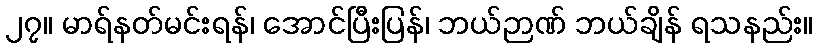
၂၇။ မာရ်နတ်မင်းရန်၊ အောင်ပြီးပြန်၊ ဘယ်ဉာဏ် ဘယ်ချိန် ရသနည်း။